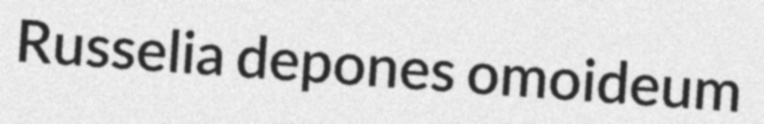
Russelia depones omoideum